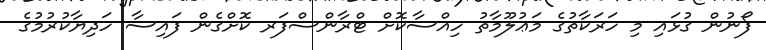
ފޯނުން ގުޅައި މި ހަރަކާތުގެ މަޢުލޫމާތު ހިއްސާކޮށް ޓްރާންސްފަރ ކޮށްގެން ފައިސާ ހަދިޔާކުރުމުގެ